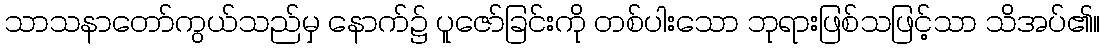
သာသနာတော်ကွယ်သည်မှ နောက်၌ ပူဇော်ခြင်းကို တစ်ပါးသော ဘုရားဖြစ်သဖြင့်သာ သိအပ်၏။